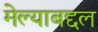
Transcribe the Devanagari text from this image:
मेल्याबद्दल